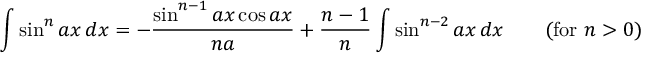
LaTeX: \int \sin ^ { n } { a x } \, d x = - { \frac { \sin ^ { n - 1 } a x \cos a x } { n a } } + { \frac { n - 1 } { n } } \int \sin ^ { n - 2 } a x \, d x \qquad { \mathrm { ( f o r ~ } } n > 0 { \mathrm { ) } }